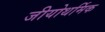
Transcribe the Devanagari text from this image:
जीयोथर्मिक